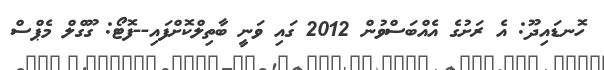
ހޮނޑައިދޫ: އެ ރަށުގެ އެެއްބަސްވުން 2012 ގައި ވަނީ ބާތިލްކޮށްފައި--ފޮޓޯ: ގޫގްލް މެޕްސް